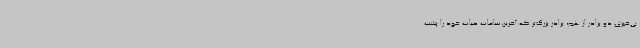
بی‌خبری دو برادر از هم، برادر بزرگ‌تر که آخرین ساعات حیات خود را پشت